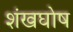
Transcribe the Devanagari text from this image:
शंखघोष